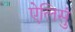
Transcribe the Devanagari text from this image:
ऐलिसुं